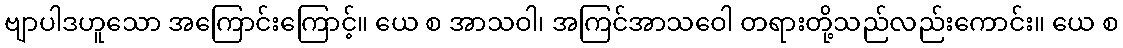
ဗျာပါဒဟူသော အကြောင်းကြောင့်။ ယေ စ အာသဝါ၊ အကြင်အာသဝေါ တရားတို့သည်လည်းကောင်း။ ယေ စ